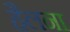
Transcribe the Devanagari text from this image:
हैलना